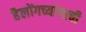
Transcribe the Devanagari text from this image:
हैलोंगच्यांगाची